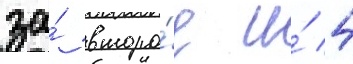
за́ второ́е и́ 4